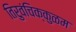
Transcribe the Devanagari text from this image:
तिरुवंचिक्कुळम